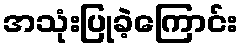
အသုံးပြုခဲ့ကြောင်း